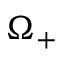
\Omega _ { + }